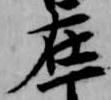
在